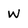
Character: W